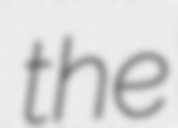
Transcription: the